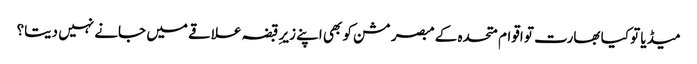
میڈیا تو کیا بھارت تو اقوام متحدہ کے مبصر مشن کو بھی اپنے زیرِ قبضہ علاقے میں جانے نہیں دیتا؟